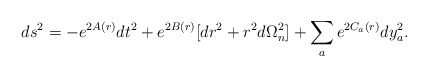
\begin{align*}ds^2=-e^{2A(r)}dt^2+e^{2B(r)}[dr^2+r^2d\Omega_n^2]+\sum_a e^{2C_a(r)}dy_a^2.\end{align*}